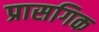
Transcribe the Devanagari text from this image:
प्रासगिक